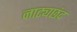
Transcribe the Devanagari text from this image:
नाट्यछंद